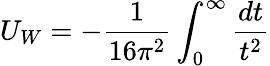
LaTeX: U_{W}=-\frac{1}{16\pi^{2}}\int_{0}^{\infty}\frac{dt}{t^{2}}